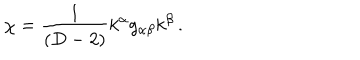
\chi = \frac 1 { ( D - 2 ) } k ^ { \alpha } g _ { \alpha \beta } k ^ { \beta } \, .